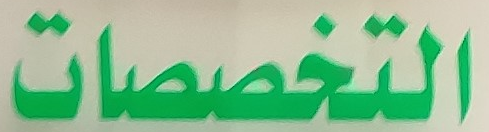
التخصصات